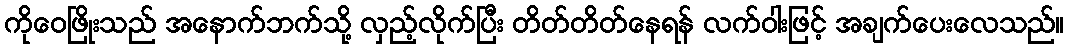
ကိုဝေဖြိုးသည် အနောက်ဘက်သို့ လှည့်လိုက်ပြီး တိတ်တိတ်နေရန် လက်ဝါးဖြင့် အချက်ပေးလေသည်။